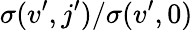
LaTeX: \sigma(v^{\prime},j^{\prime})/\sigma(v^{\prime},0)